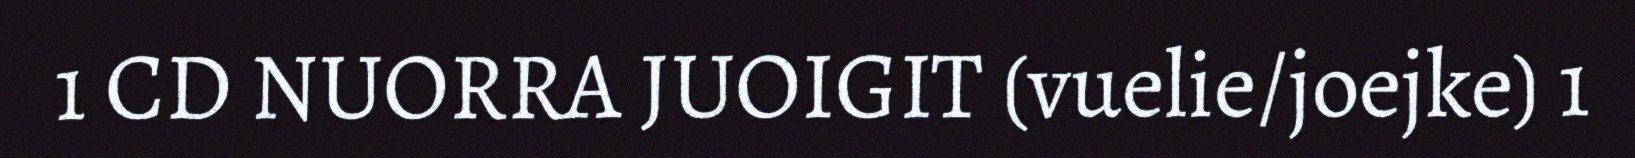
1 CD NUORRA JUOIGIT (vuelie/joejke) 1